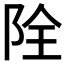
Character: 𨹑